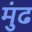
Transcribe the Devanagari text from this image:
मुंढ